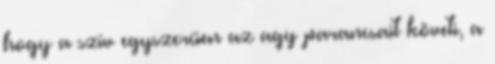
hogy a szív egyszerűen az agy parancsait követi, a